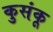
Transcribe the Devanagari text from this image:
कुसंकू